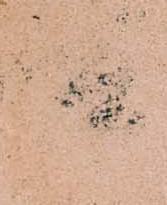
所